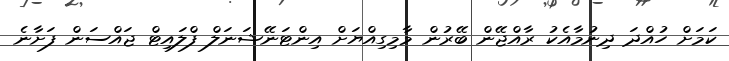
ކަމަށް ހުއްދަ ދިނުމާއެކު ރާއްޖޭން ބޭރުން މާމިގިއްޔަށް އިންޓަނޭޝަނަލް ފްލައިޓް ޖައްސަން ފަށާނެ